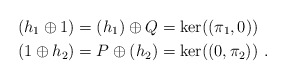
\begin{align*} (h_{1} \oplus 1) & =(h_{1}) \oplus Q =\ker( (\pi_1,0)) \\(1 \oplus h_{2}) & =P \oplus (h_{2}) =\ker( (0,\pi_2) )\ .\end{align*}